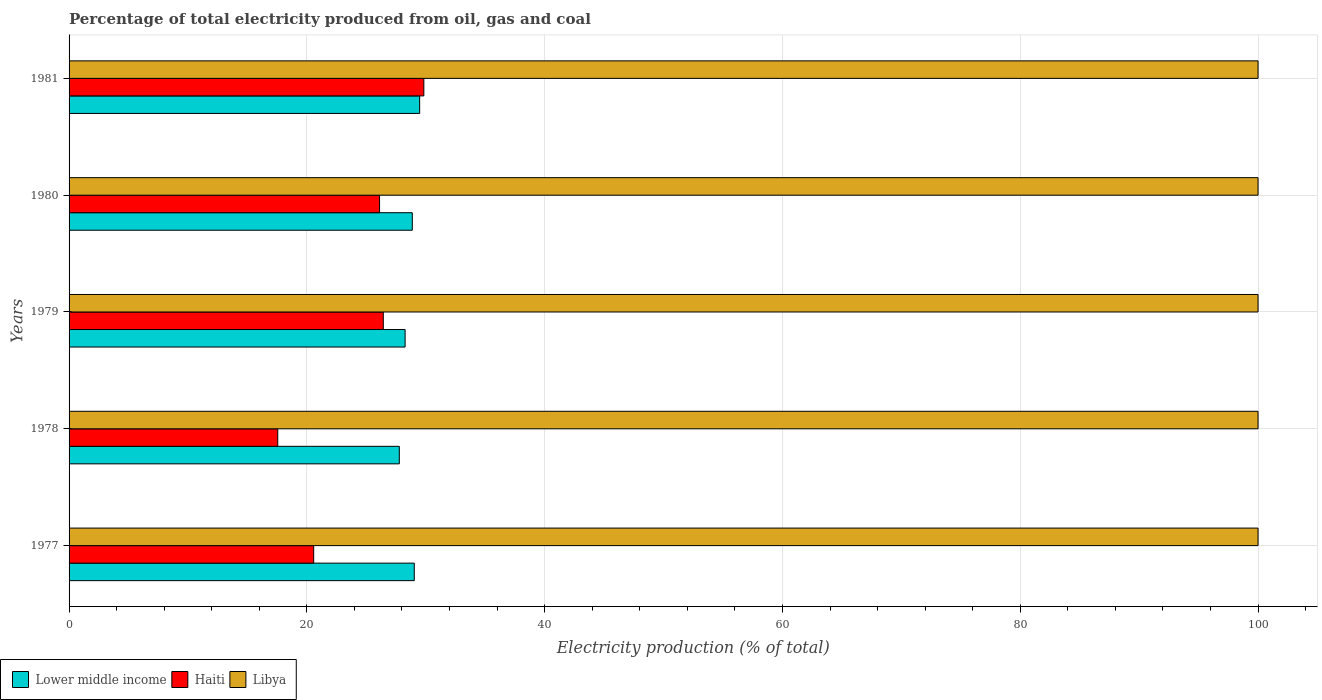
| Years | Lower middle income | Haiti | Libya |
 | --- | --- | --- | --- |
 | 1977 | 29 | 20.6 | 100 |
 | 1978 | 27.8 | 17.6 | 100 |
 | 1979 | 28.3 | 26.4 | 100 |
 | 1980 | 28.9 | 26.1 | 100 |
 | 1981 | 29.5 | 29.8 | 100 |